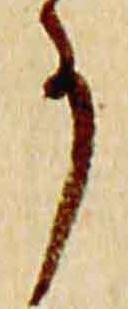
事